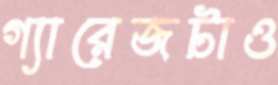
গ্যারেজটাও